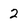
Character: 2